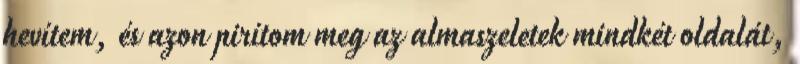
hevítem, és azon pirítom meg az almaszeletek mindkét oldalát,